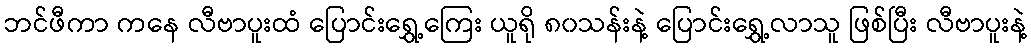
ဘင်ဖီကာ ကနေ လီဗာပူးထံ ပြောင်းရွှေ့ကြေး ယူရို ၈၀သန်းနဲ့ ပြောင်းရွှေ့လာသူ ဖြစ်ပြီး လီဗာပူးနဲ့